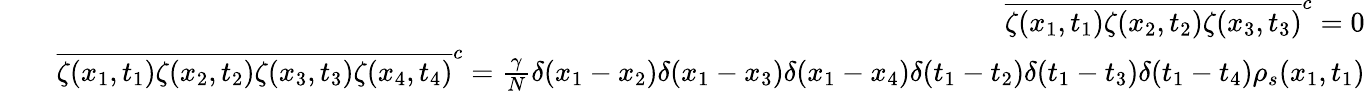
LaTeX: \begin{array}{rlr}&{}&{\overline{{\zeta(x_{1},t_{1})\zeta(x_{2},t_{2})\zeta(x_{3},t_{3})}}^{c}=0}\\ &{}&{\overline{{\zeta(x_{1},t_{1})\zeta(x_{2},t_{2})\zeta(x_{3},t_{3})\zeta(x_{4},t_{4})}}^{c}=\frac{\gamma}{N}\delta(x_{1}-x_{2})\delta(x_{1}-x_{3})\delta(x_{1}-x_{4})\delta(t_{1}-t_{2})\delta(t_{1}-t_{3})\delta(t_{1}-t_{4})\rho_{s}(x_{1},t_{1})}\end{array}